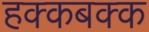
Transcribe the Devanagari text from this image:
हक्कबक्क